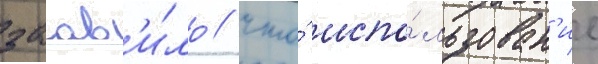
заав'и́ло / что́ испо́льзован'ие